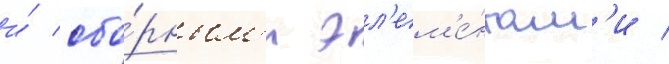
и́ сбо́рным'и эл'ем'е́нтам'и /